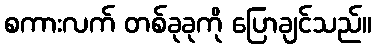
စကားလက် တစ်ခုခုကို ပြောချင်သည်။